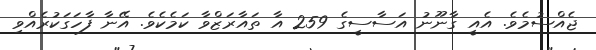
ޖެއްސުމެވެ. އެއީ ގާނޫނު އަސާސީގެ 259 އާ ތައާރަޒްވާ ކަމެކެވެ. އޭނާ ފާހަގަކުރެއްވި